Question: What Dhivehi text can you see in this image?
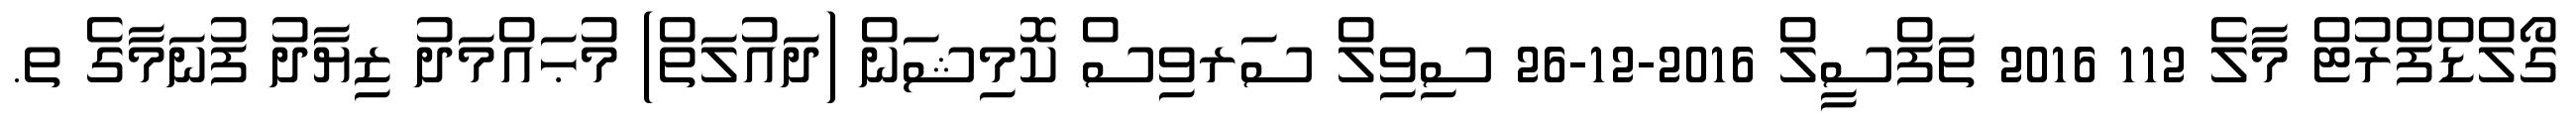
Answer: ގޯލްޑްފްރުޓް މާލެ 112 2016 ތަފްސީލް 2016-12-26 ސިވިލް ސަރވިސް ކޮމިޝަން (ދައުލަތް) މުޙައްމަދު ޒިޔާދު ފުނަމާގެ ތ.